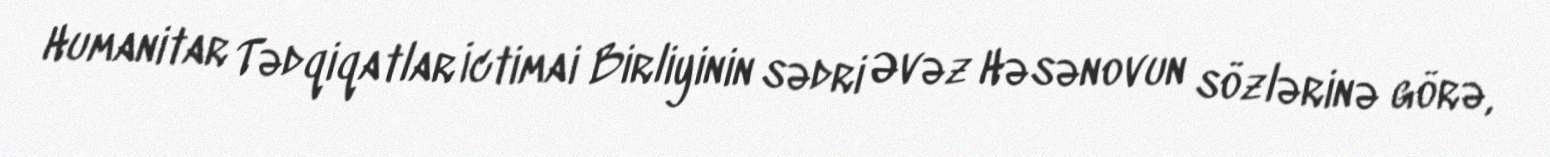
Humanitar Tədqiqatlar İctimai Birliyinin sədri Əvəz Həsənovun sözlərinə görə,